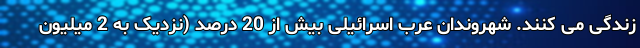
زندگی می کنند. شهروندان عرب اسرائیلی بیش از 20 درصد (نزدیک به 2 میلیون